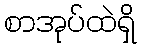
စာအုပ်ထဲရှိ